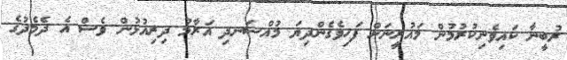
ރުބީނާ ކައިވެނިކުރުމުން މައުރީނަށް ފަހިވެގެންދިޔަ މުއްސަނދި އަރާމު ދިރިއުޅުން ވެސް އެ ދެމެދުގެ